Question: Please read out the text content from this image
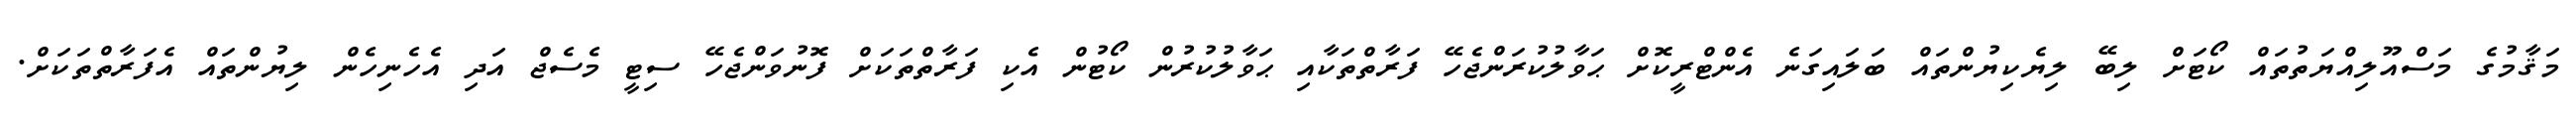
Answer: މަޤާމުގެ މަސްއޫލިއްޔަތުތައް ކޯޓަށް ލިބޭ ލިޔެކިޔުންތައް ބަލައިގަނެ އެންޓްރީކޮށް ޙަވާލުކުރަންޖެހޭ ފަރާތްތަކާއި ޙަވާލުކުރުން ކޯޓުން އެކި ފަރާތްތަކަށް ފޮނުވަންޖެހޭ ސިޓީ މެސެޖް އަދި އެހެނިހެން ލިޔުންތައް އެފަރާތްތަކަށް.